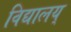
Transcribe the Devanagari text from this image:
विद्यालय्